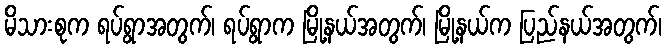
မိသားစုက ရပ်ရွာအတွက်၊ ရပ်ရွာက မြို့နယ်အတွက်၊ မြို့နယ်က ပြည်နယ်အတွက်၊